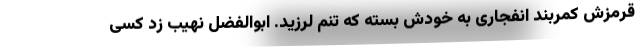
قرمزش کمربند انفجاری به خودش بسته که تنم لرزید. ابوالفضل نهیب زد کسی